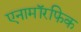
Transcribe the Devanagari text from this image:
एनामॉरफिक